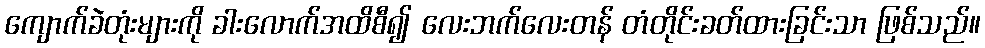
ကျောက်ခဲတုံးများကို ခါးလောက်အထိစီ၍ လေးဘက်လေးတန် တံတိုင်းခတ်ထားခြင်းသာ ဖြစ်သည်။